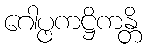
ဂေါပ္ဖကဋ္ဌိကန္တိ